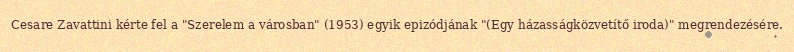
Cesare Zavattini kérte fel a "Szerelem a városban" (1953) egyik epizódjának "(Egy házasságközvetítő iroda)" megrendezésére.